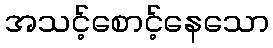
အသင့်စောင့်နေသော